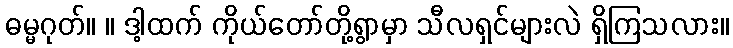
ဓမ္မဂုတ်။ ။ ဒါ့ထက် ကိုယ်တော်တို့ရွာမှာ သီလရှင်များလဲ ရှိကြသလား။